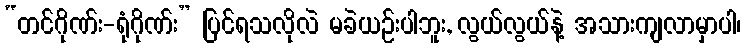
“တင်ဂိုဏ်း-ရုံဂိုဏ်း” ပြင်ရသလိုလဲ မခဲယဉ်းပါဘူး, လွယ်လွယ်နဲ့ အသားကျလာမှာပါ၊